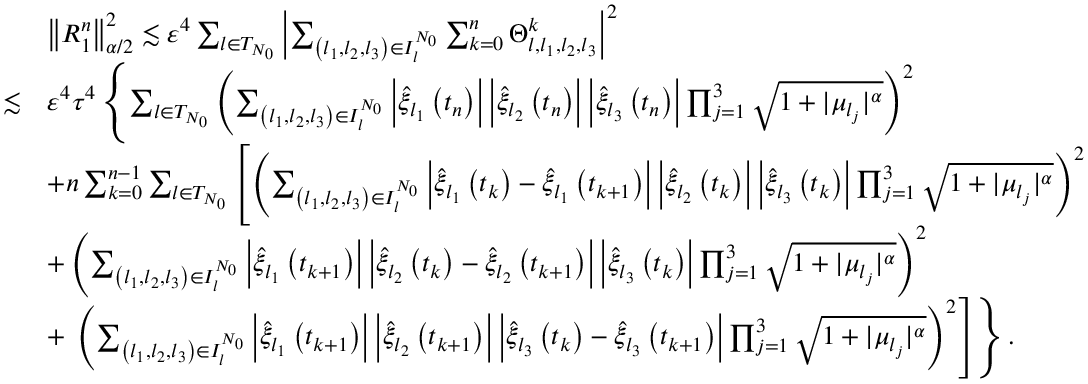
\begin{array} { r l } & { \left\| { R } _ { 1 } ^ { n } \right\| _ { \alpha / 2 } ^ { 2 } \lesssim \varepsilon ^ { 4 } \sum _ { l \in { T } _ { N _ { 0 } } } \left| \sum _ { \left( l _ { 1 } , l _ { 2 } , l _ { 3 } \right) \in { I } _ { l } ^ { N _ { 0 } } } \sum _ { k = 0 } ^ { n } \Theta _ { l , l _ { 1 } , l _ { 2 } , l _ { 3 } } ^ { k } \right| ^ { 2 } } \\ { \lesssim } & { \varepsilon ^ { 4 } \tau ^ { 4 } \left\{ \sum _ { l \in { T } _ { N _ { 0 } } } \left( \sum _ { \left( l _ { 1 } , l _ { 2 } , l _ { 3 } \right) \in { I } _ { l } ^ { N _ { 0 } } } \left| \widehat { \xi } _ { l _ { 1 } } \left( t _ { n } \right) \right| \left| \widehat { \xi } _ { l _ { 2 } } \left( t _ { n } \right) \right| \left| \widehat { \xi } _ { l _ { 3 } } \left( t _ { n } \right) \right| \prod _ { j = 1 } ^ { 3 } \sqrt { 1 + | \mu _ { l _ { j } } | ^ { \alpha } } \right) ^ { 2 } \right. } \\ & { + n \sum _ { k = 0 } ^ { n - 1 } \sum _ { l \in { T } _ { N _ { 0 } } } \left[ \left( \sum _ { \left( l _ { 1 } , l _ { 2 } , l _ { 3 } \right) \in { I } _ { l } ^ { N _ { 0 } } } \left| \widehat { \xi } _ { l _ { 1 } } \left( t _ { k } \right) - \widehat { \xi } _ { l _ { 1 } } \left( t _ { k + 1 } \right) \right| \left| \widehat { \xi } _ { l _ { 2 } } \left( t _ { k } \right) \right| \left| \widehat { \xi } _ { l _ { 3 } } \left( t _ { k } \right) \right| \prod _ { j = 1 } ^ { 3 } \sqrt { 1 + | \mu _ { l _ { j } } | ^ { \alpha } } \right) ^ { 2 } \right. } \\ & { + \left( \sum _ { \left( l _ { 1 } , l _ { 2 } , l _ { 3 } \right) \in { I } _ { l } ^ { N _ { 0 } } } \left| \widehat { \xi } _ { l _ { 1 } } \left( t _ { k + 1 } \right) \right| \left| \widehat { \xi } _ { l _ { 2 } } \left( t _ { k } \right) - \widehat { \xi } _ { l _ { 2 } } \left( t _ { k + 1 } \right) \right| \left| \widehat { \xi } _ { l _ { 3 } } \left( t _ { k } \right) \right| \prod _ { j = 1 } ^ { 3 } \sqrt { 1 + | \mu _ { l _ { j } } | ^ { \alpha } } \right) ^ { 2 } } \\ & { + \left. \left. \left( \sum _ { \left( l _ { 1 } , l _ { 2 } , l _ { 3 } \right) \in { I } _ { l } ^ { N _ { 0 } } } \left| \widehat { \xi } _ { l _ { 1 } } \left( t _ { k + 1 } \right) \right| \left| \widehat { \xi } _ { l _ { 2 } } \left( t _ { k + 1 } \right) \right| \left| \widehat { \xi } _ { l _ { 3 } } \left( t _ { k } \right) - \widehat { \xi } _ { l _ { 3 } } \left( t _ { k + 1 } \right) \right| \prod _ { j = 1 } ^ { 3 } \sqrt { 1 + | \mu _ { l _ { j } } | ^ { \alpha } } \right) ^ { 2 } \right] \right\} . } \end{array}